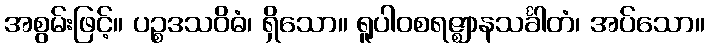
အစွမ်းဖြင့်။ ပဉ္စဒသဝိဓံ၊ ရှိသော။ ရူပါဝစရဇ္ဈာနသင်္ခါတံ၊ အပ်သော။